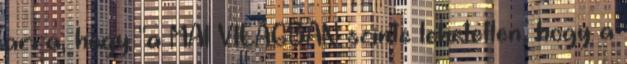
arra, hogy "a MAI VILÁGBAN szinte lehetetlen, hogy a